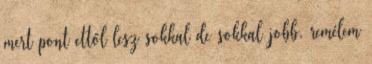
mert pont ettől lesz sokkal de sokkal jobb. remélem